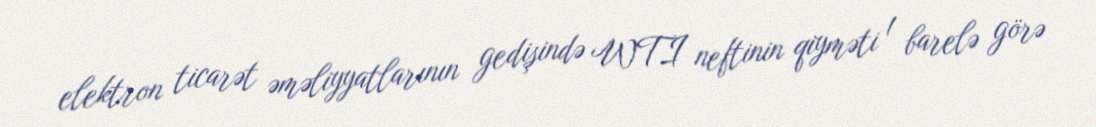
elektron ticarət əməliyyatlarının gedişində WTI neftinin qiyməti 1 barelə görə